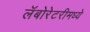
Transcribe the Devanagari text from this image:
लॅबोरेटरीमध्ये